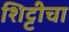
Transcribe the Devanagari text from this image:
शिट्टीचा